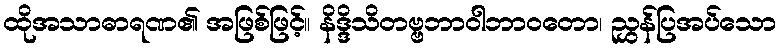
ထိုအသာဓာရဏ၏ အဖြစ်ဖြင့်။ နိဒ္ဒိသိတဗ္ဗဘာဝါဘာဝတော၊ ညွှန်ပြအပ်သော